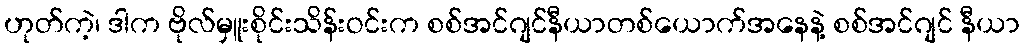
ဟုတ်ကဲ့၊ ဒါက ဗိုလ်မှူးစိုင်းသိန်းဝင်းက စစ်အင်ဂျင်နီယာတစ်ယောက်အနေနဲ့ စစ်အင်ဂျင် နီယာ